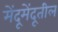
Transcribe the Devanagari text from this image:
मेंदूमेंदूतील